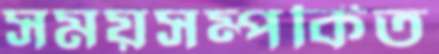
সময়সম্পর্কিত